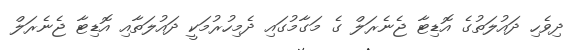
ދިވެހި ދައުލަތުގެ އޮޑިޓާ ޖެނެރަލް ގެ މަގާމުގައި ދެމިހުރުމަކީ ދައުލަތާއި އޮޑިޓާ ޖެނެރަލް